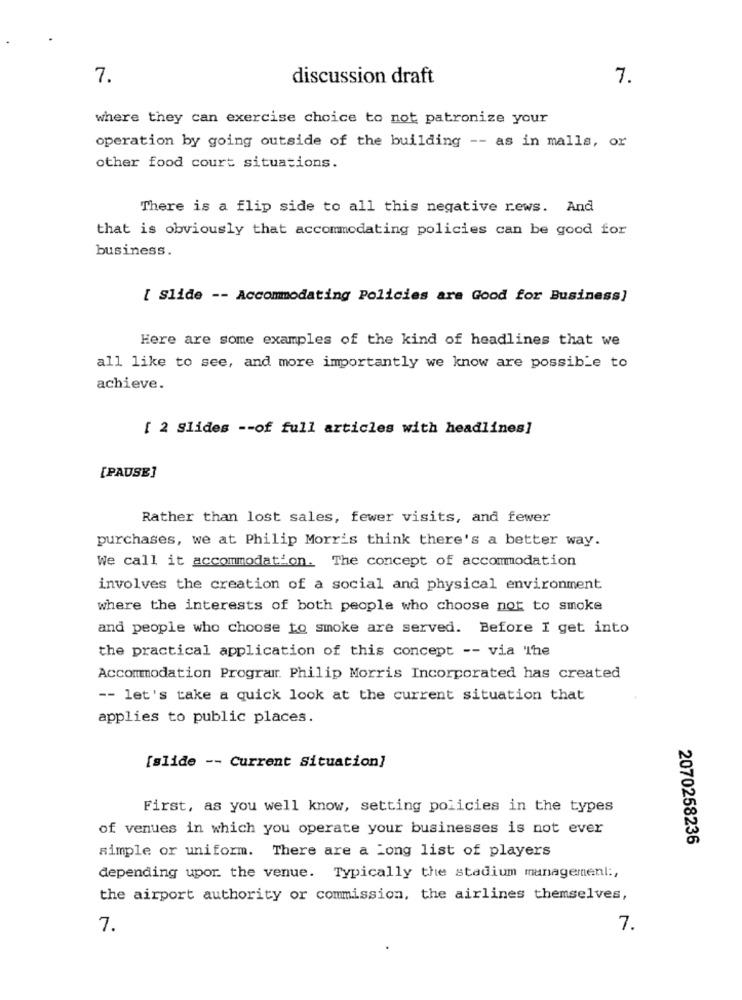
7.
discussion draft
7.
where they can exercise choice to not patronize your
operation by going outside of the building -- as in malls, or
other food court situations.
There is a flip side to all this negative rews. And
that is obviously that accommodating policies can be good for
business.
[ Slide -- Accommodating Policies are Good for Business]
Here are some examples of the kind of headlines that we
all like to see, and more importantly we know are possible to
achieve.
[ 2 Slides -- of full articles with headlines]
[PAUSE]
Rather than lost sales, fewer visits, and fewer
purchases, we at Philip Morris think there's a better way.
We call it accommodation. The concept of accommodation
involves the creation of a social and physical environment
where the interests of both people who choose not to smoke
and people who choose to smoke are served. Before I get into
the practical application of this concept -- via The
Accommodation Programr. Philip Morris Incorporated has created
-- let's take a quick look at the current situation that
applies to public places.
[slide -- Current Situation]
First, as you well know, setting policies in the types
of venues in which you operate your businesses is not ever
2070258236
simple or uniform. There are a Long list of players
depending upor. the venue. Typically the stadium management :,
the airport authority or commission, the airlines themselves,
7.
7.